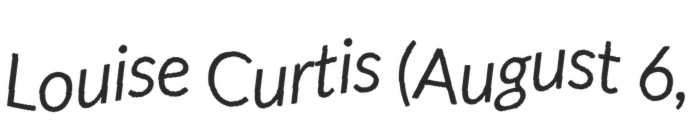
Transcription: Louise Curtis (August 6,